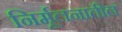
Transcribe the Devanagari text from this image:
निर्मूलनातील